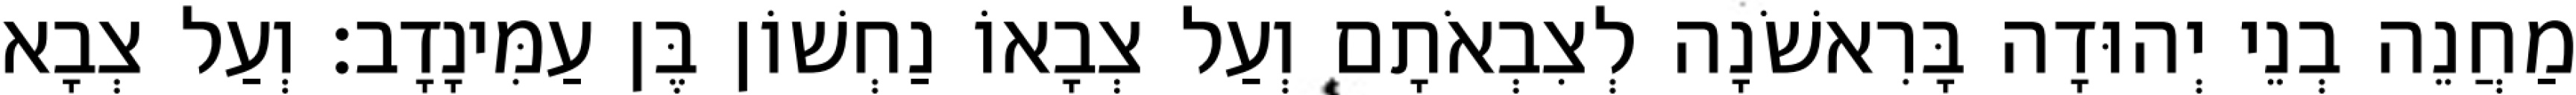
מַחֲנֵה בְנֵי יְהוּדָה בָּרִאשֹׁנָה לְצִבְאֹתָם וְעַל צְבָאוֹ נַחְשׁוֹן בֶּן עַמִּינָדָב׃ וְעַל צְבָא